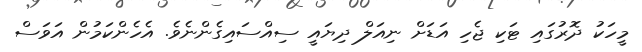
މީހަކު ދޮރުގައި ޓަކި ޖެހި އަޑަށް ނިއަލް ދިޔައީ ސިއްސައިގެންނެވެ. އެހެންކަމުން އަވަސް